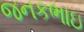
જનકભાઇ